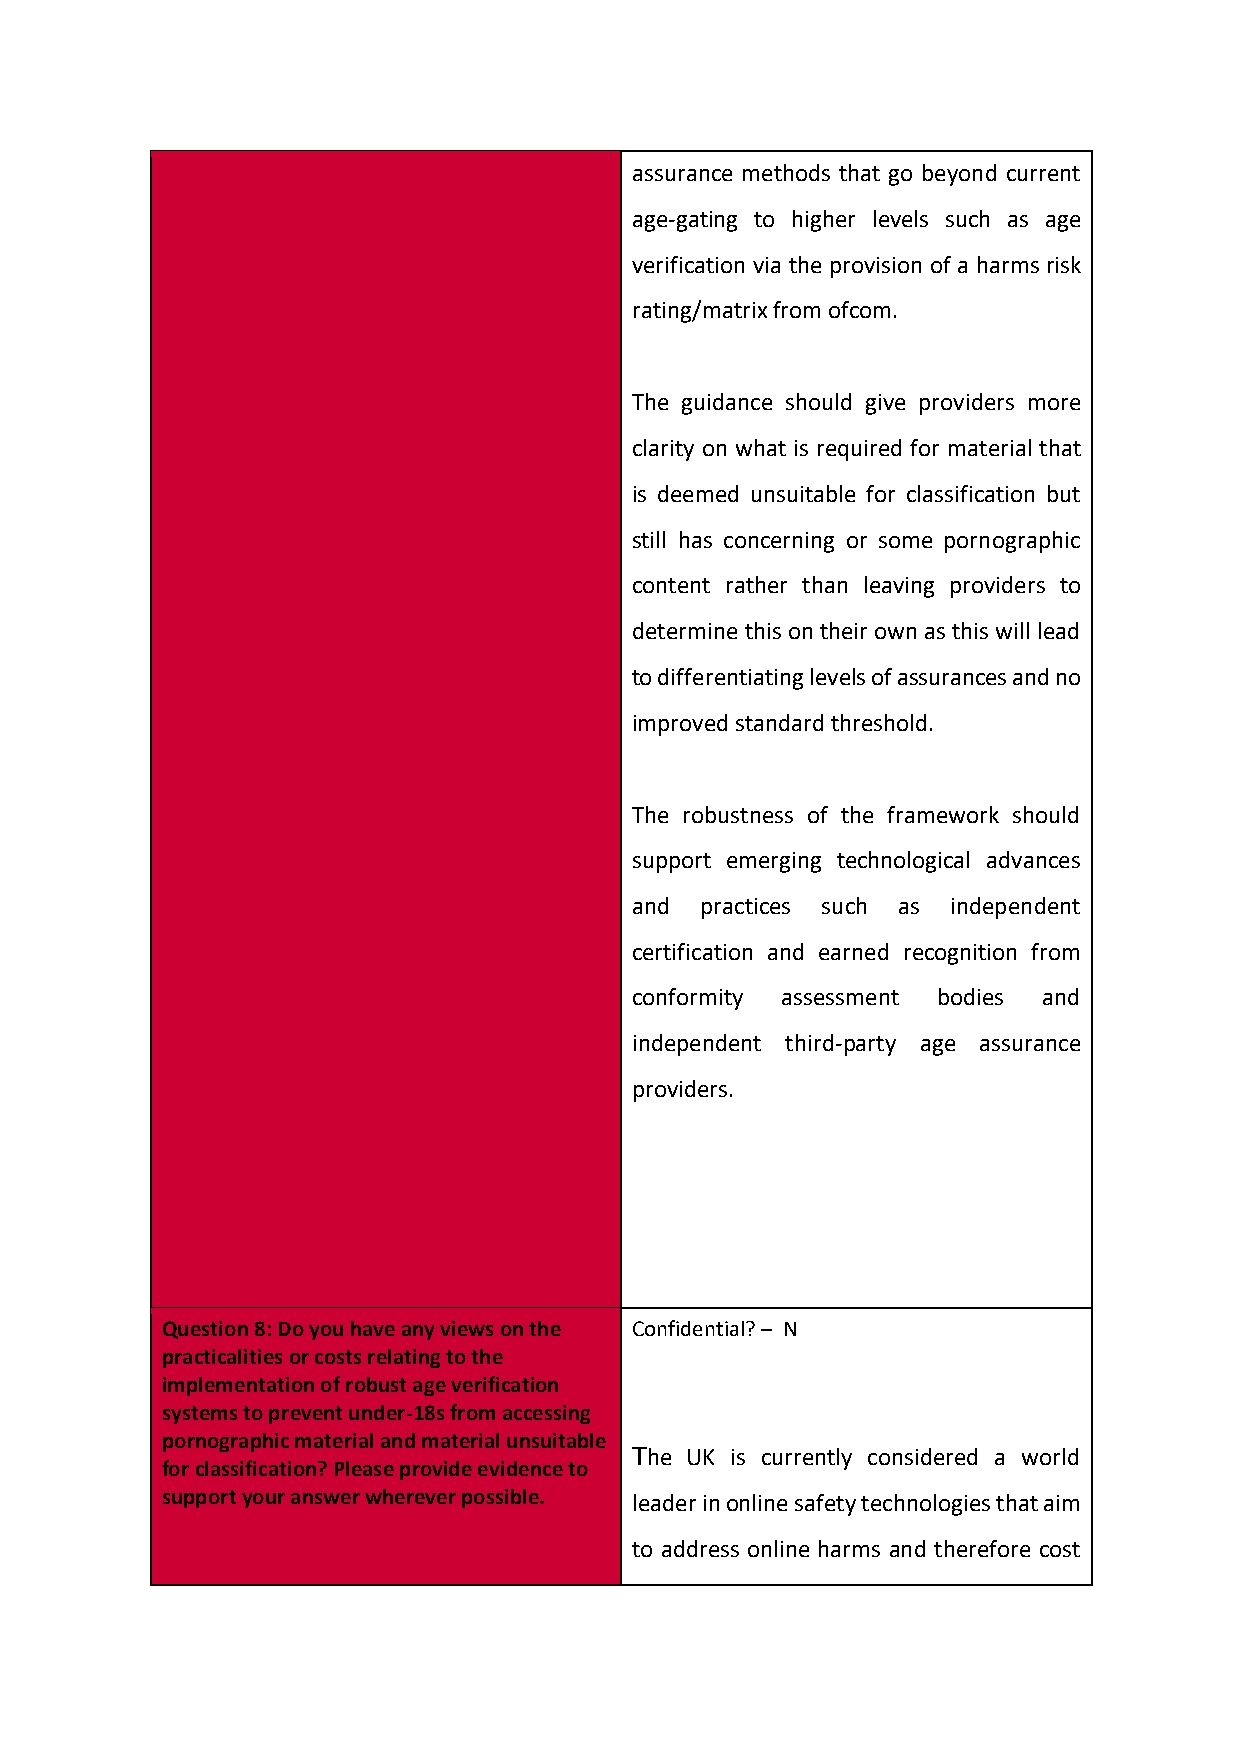
assurance methods that go beyond current
 age-gating to higher levels such as age
 verification via the provision of a harms risk
 rating/matrix from ofcom.
 The guidance should give providers more
 clarity on what is required for material that
 is deemed unsuitable for classification but
 still has concerning or some pornographic
 content rather than leaving providers to
 determine this on their own as this will lead
 to differentiating levels of assurances and no
 improved standard threshold.
 The robustness of the framework should
 support emerging technological advances
 and practices such as independent
 certification and earned recognition from
 conformity assessment bodies and
 independent third-party age assurance
 providers.
 Question 8: Do you have any views on the Confidential? – N
 practicalities or costs relating to the
 implementation of robust age verification
 systems to prevent under-18s from accessing
 pornographic material and material unsuitable
 The UK is currently considered a world
 for classification? Please provide evidence to
 support your answer wherever possible. leader in online safety technologies that aim
 to address online harms and therefore cost